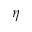
\eta